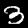
Label: 3